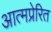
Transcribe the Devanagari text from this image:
आत्मप्रेरित